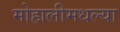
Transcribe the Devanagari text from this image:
मोहालीमधल्या